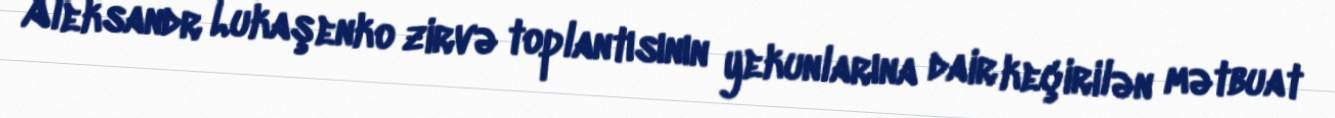
Aleksandr Lukaşenko zirvə toplantısının yekunlarına dair keçirilən mətbuat